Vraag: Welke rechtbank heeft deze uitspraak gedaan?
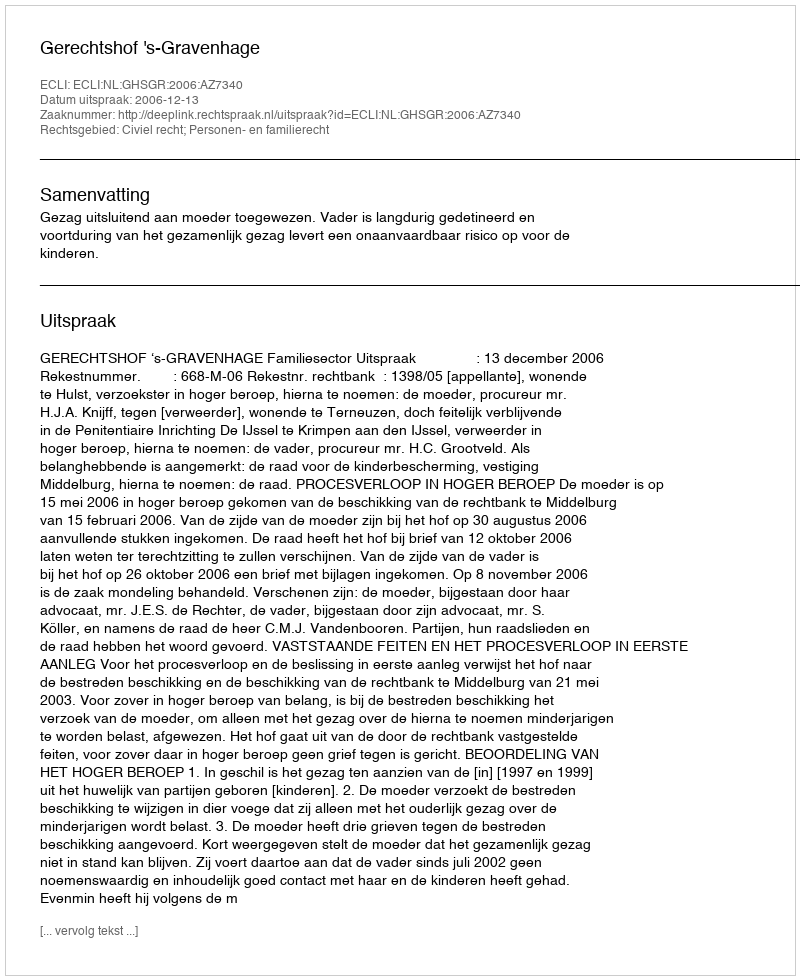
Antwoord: Gerechtshof 's-Gravenhage